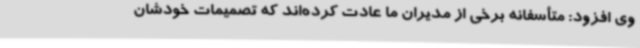
وی افزود: متأسفانه برخی از مدیران ما عادت کرده‌اند که تصمیمات خودشان